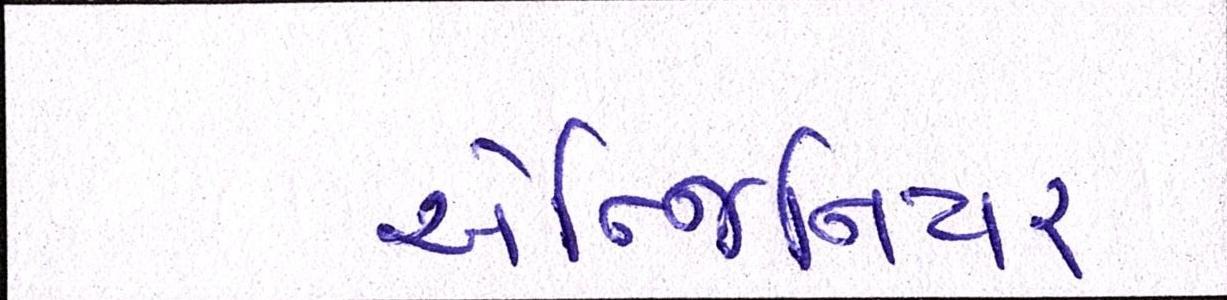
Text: એન્જિનિયર